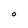
Character: O